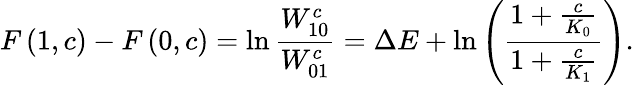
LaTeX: F\left(1,c\right)-F\left(0,c\right)=\ln\frac{W_{10}^{c}}{W_{01}^{c}}=\Delta E+\ln\left(\frac{1+\frac{c}{K_{0}}}{1+\frac{c}{K_{1}}}\right).